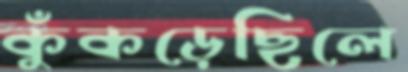
কুঁকড়েছিলে